Bréfritari: Erlendur Ólafsson
Viðtakandi: Jón Borgfirðings Jónsson
Dagsetning: A-1870-01-24
Skrifað á: Akureyri  Eyf.

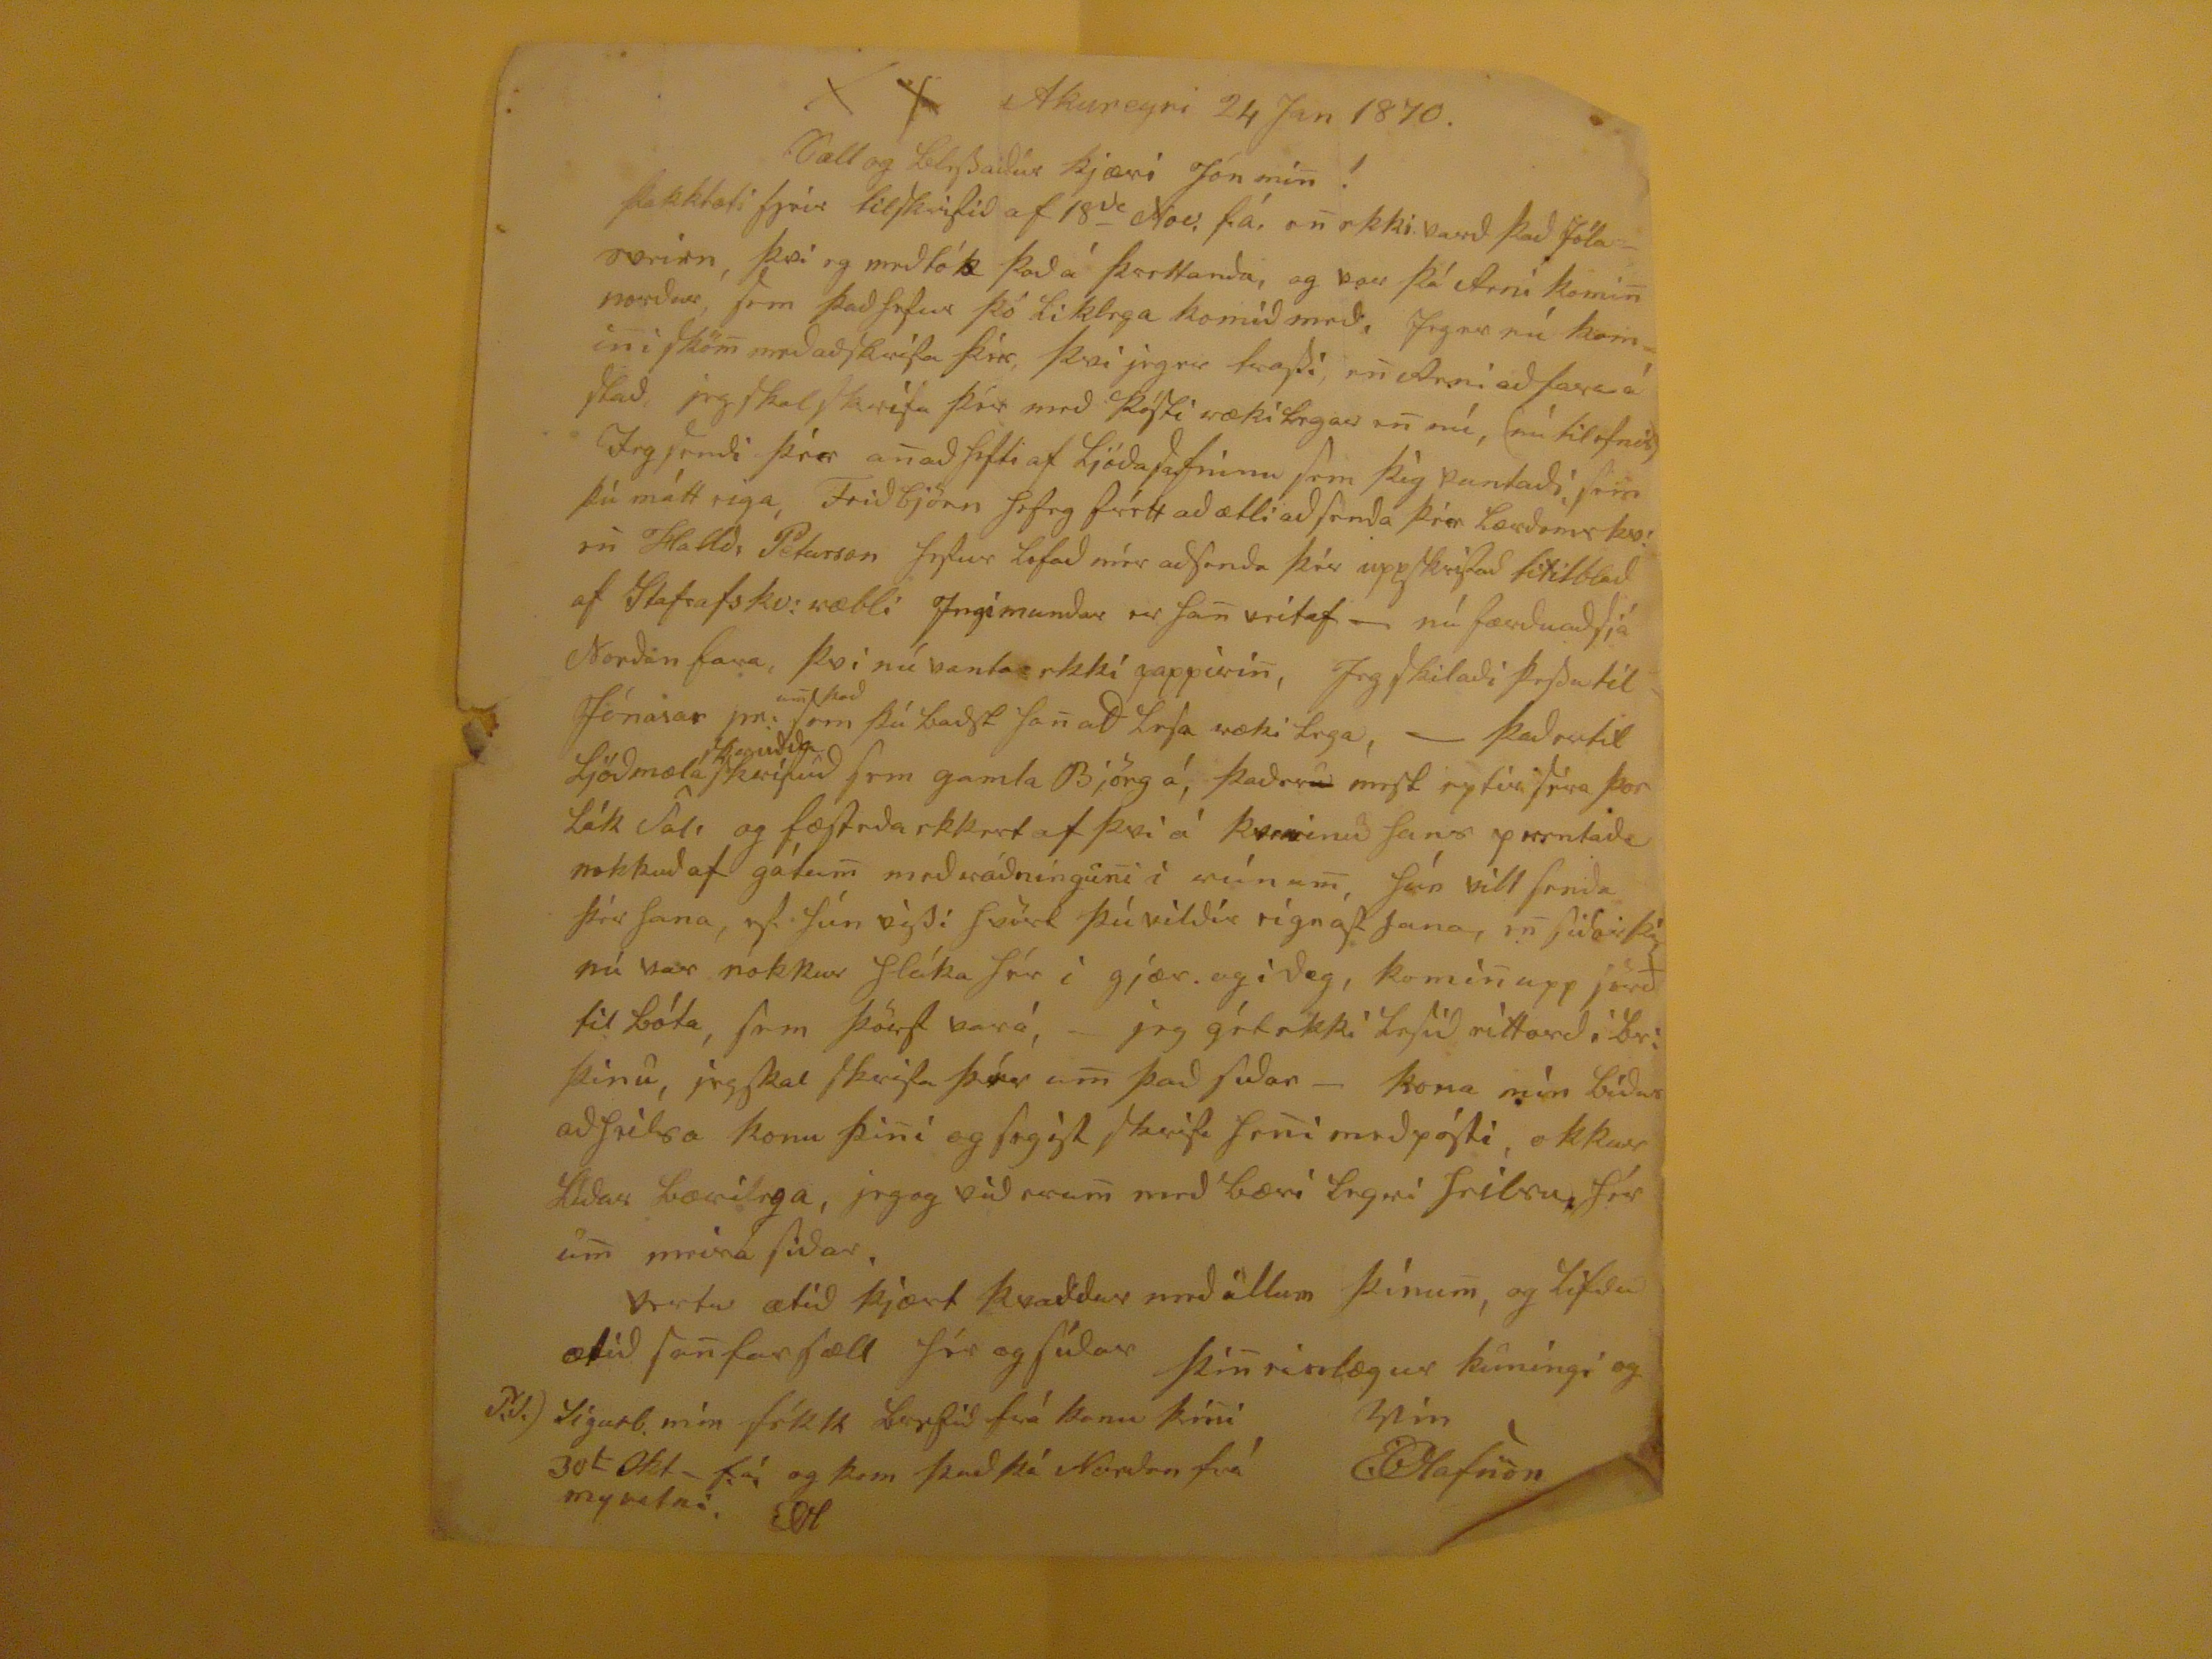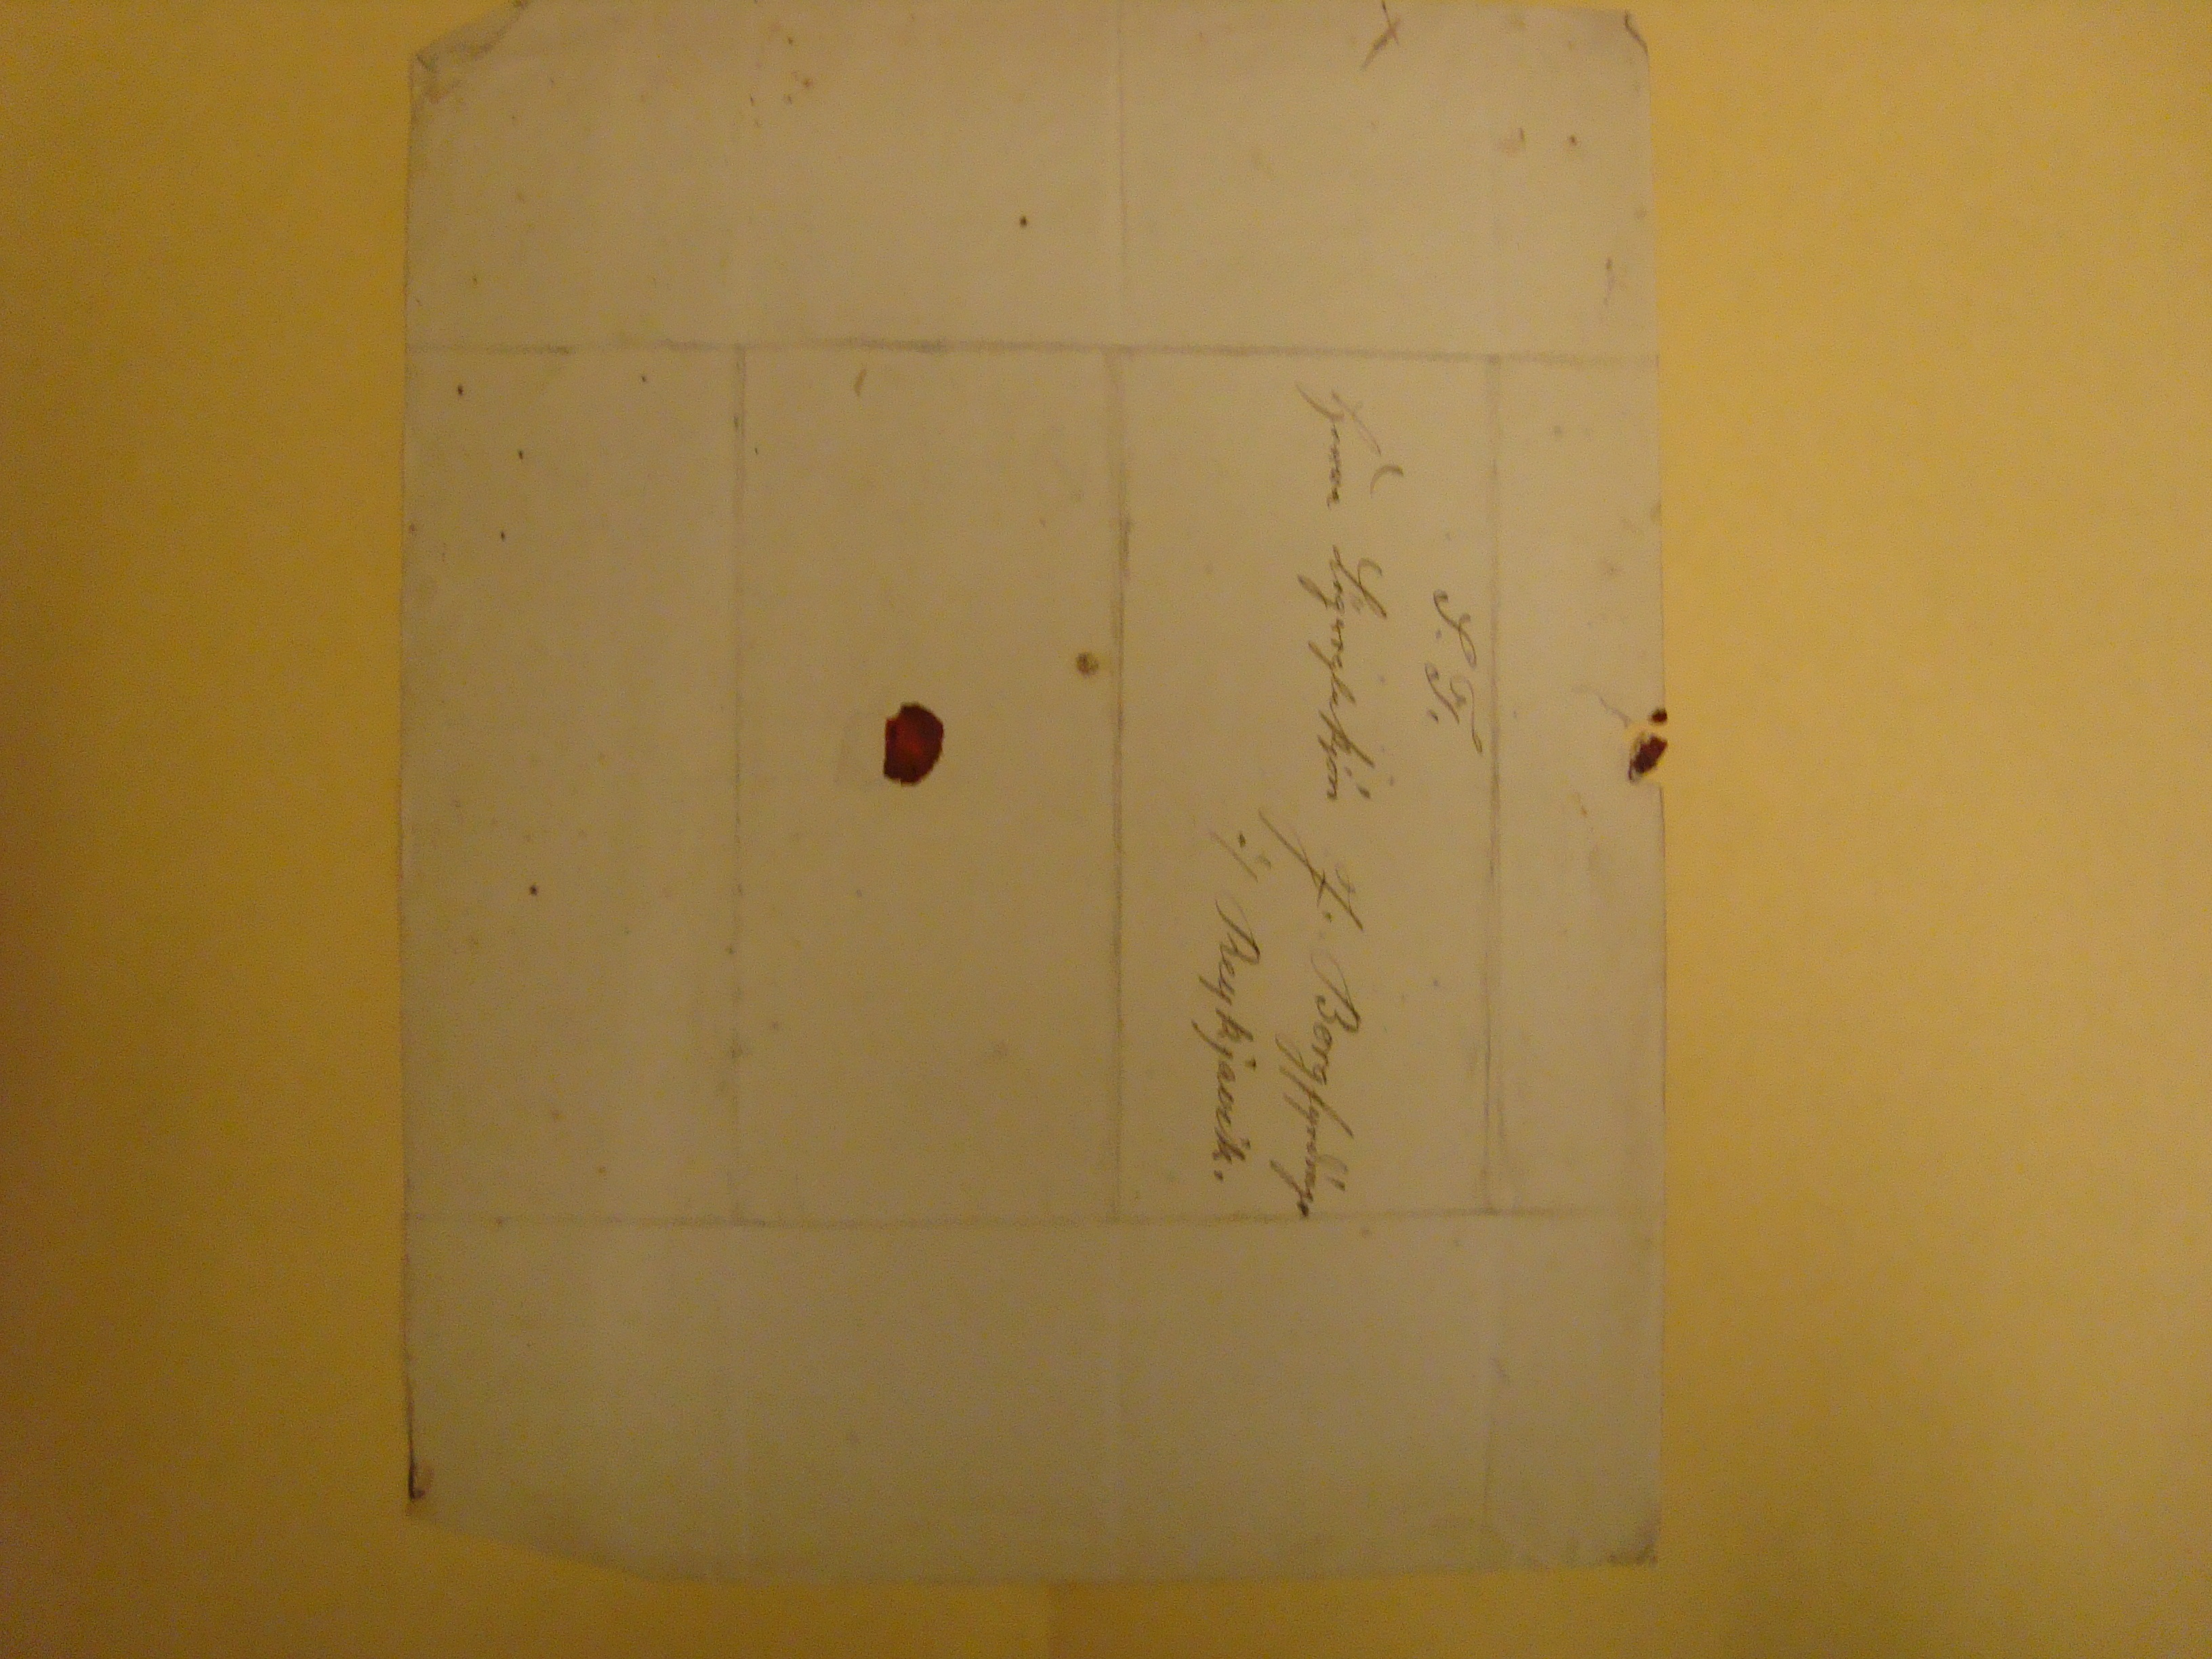

Akureyri 24 Jan 1870
Sæll og blessaður kjæri Jón min!
þakklæti fyrir tilskrifið af 18
da
Nov. fá, e
n
ekki varð það Jóla
eveirn
, þvi eg meðtók það á þrettanda, og var þá Arni komi
n
norður, sem það hefur þó líklega komið með, Jeg er nú komin i skö
m
með að skrifa þér, þvi jeg er trassi, e
n
Arni að fara á stað, jeg skal skrifa þér með pósti rækilega e
n
nú, (nú til efnis) Jeg sendi þér a
n
að hefti af Ljóðasafninu sem þig vantaði, sem þú mátt eiga, Friðbjörn hefeg frétt að ætli að senda þér Lærdomskv! e
n
Halld. Petursson hefur lofað mér að senda þér uppskrifað titilblað af Stafrofskv: ræbli Ingimundar er ha
n
veitaf _ nú færðu að sjá Norðan fara, þvi nú vanta ekki pappíri
n
, Jeg skilaði þessu til Jónasar pr:
um það
sem þú baðst ha
n
að lesa ræiklega, __ það ertil Ljóðmæla
regisdda
krípuð
sem gamla Björg á, það er
u
mest eptir séra Þorlák Sal. og fæst eða ekkert af því á
kreminu
hans
yssntaða
nokkuð af gátum með ráðningu
n
i rúnu
m
, hún vill senda þér hana, ef hún vissi hvört þú vildir eignast hana, e
n
siðarsti
nú var nokkur hláka hér i gjær. og i dag, komi
n
upp jörð til bóta, sem þörf vará, jeg gét ekki lesið rétt orð í br: þínu, jeg skal skrifa þér u
m
það siðar - kona mín biður að heilsa konu þi
n
i og segist skrifa he
n
i með pósti, okkur líður bærilega, jeg og við eru
m
með bærilegri heilsu, hér u
m
meira siðar. Vertu ætíð kjært kvaddur með öllum þínum, og lifðu ætíð sa
n
farsæll hér og síðar
þi
n
einlægur kuningi og Vin
EOlafsson
P.S.) Sigurb. mín fékk brefið frá komu þi
n
i 30
t
Okt - fá og kom það þá Norðan frá myvatni EOl
S.T.
herra lögregluþjón J. Bergfyrðíngs
á/ Reykjavík.